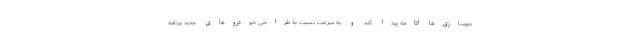
جو‌سازی‌ها ادامه پیدا کند و به سرعت نسبت به طراحی خودروهای جدید برنامه